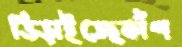
ভিড়াইতেছকাঁপ